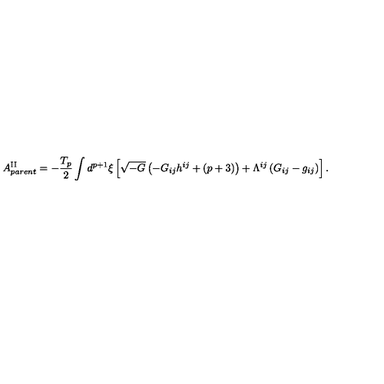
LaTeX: A _ { p a r e n t } ^ { \mathrm { I I } } = - \frac { T _ { p } } { 2 } \int d ^ { p + 1 } { \xi } \left[ \sqrt { - G } \left( - G _ { i j } h ^ { i j } + ( p + 3 ) \right) + { \Lambda } ^ { i j } \left( G _ { i j } - g _ { i j } \right) \right] .